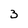
Character: 3